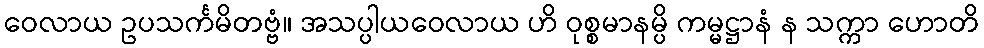
ဝေလာယ ဥပသင်္ကမိတဗ္ဗံ။ အသပ္ပါယဝေလာယ ဟိ ဝုစ္စမာနမ္ပိ ကမ္မဋ္ဌာနံ န သက္ကာ ဟောတိ